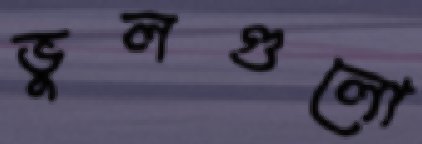
ভুলগুলো